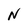
Character: N